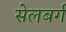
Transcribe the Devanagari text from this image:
सेलबर्ग